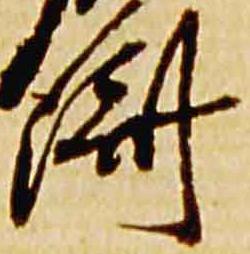
済